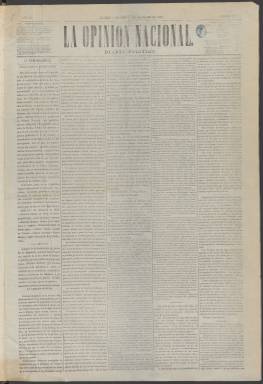
Título: La Opinión nacional
Colección: Periódicos
Ámbito geográfico: Madrid
Lugar de publicación: Madrid
Fechas: 01/12/1868-02/09/1871